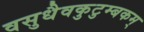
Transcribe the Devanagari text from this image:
वसुधैवकुटुम्बकम्